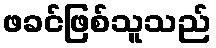
ဖခင်ဖြစ်သူသည်